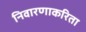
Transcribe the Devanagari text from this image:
निवारणाकरिता